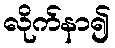
လိုက်နာ၍